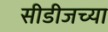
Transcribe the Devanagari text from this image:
सीडीजच्या